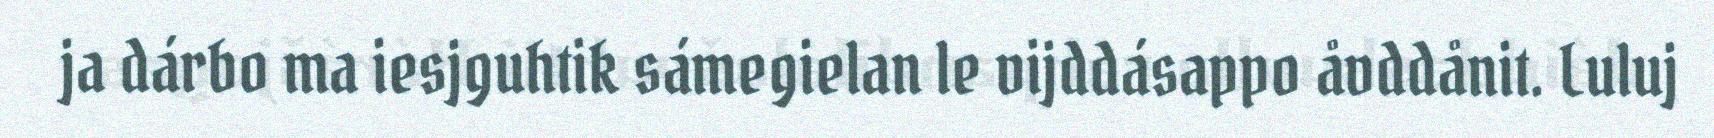
ja dárbo ma iesjguhtik sámegielan le vijddásappo åvddånit. Luluj